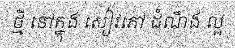
ថ្មី នៅក្នុង សៀវភៅ ដំណឹង ល្អ